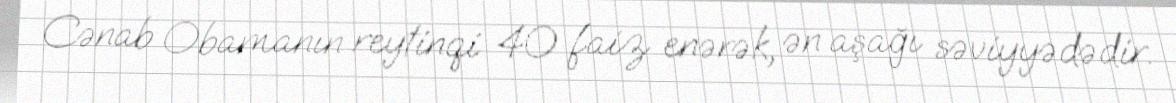
Cənab Obamanın reytinqi 40 faiz enərək, ən aşağı səviyyədədir.